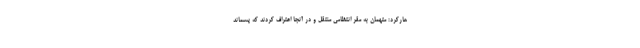
هارکرد: متهمان به مقر انتظامی منتقل و در آنجا اعتراف کردند که پسماند